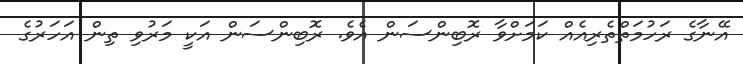
އޭނާގެ ރަހުމަތްތެރިއެއް ކަމަށްވާ ރޮބިންސަން އެވެ. ރޮބިންސަން އަކީ މަރުވި ތިން އަހަރުގެ